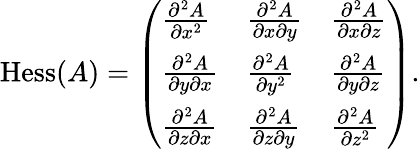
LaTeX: \textrm{Hess}(A)=\left(\begin{array}{lll}{\frac{\partial^{2}A}{\partial x^{2}}}&{\frac{\partial^{2}A}{\partial x\partial y}}&{\frac{\partial^{2}A}{\partial x\partial z}}\\ {\frac{\partial^{2}A}{\partial y\partial x}}&{\frac{\partial^{2}A}{\partial y^{2}}}&{\frac{\partial^{2}A}{\partial y\partial z}}\\ {\frac{\partial^{2}A}{\partial z\partial x}}&{\frac{\partial^{2}A}{\partial z\partial y}}&{\frac{\partial^{2}A}{\partial z^{2}}}\end{array}\right).